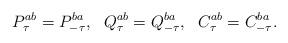
LaTeX: \begin{align*}P^{ab}_\tau = P^{ba}_{-\tau},~~ Q^{ab}_\tau = Q^{ba}_{-\tau},~~ C^{ab}_\tau = C^{ba}_{-\tau}.\end{align*}